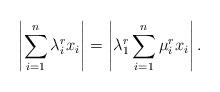
LaTeX: \begin{align*}\left|\sum_{i=1}^n \lambda_i^rx_i \right| = \left| \lambda_1^r\sum_{i=1}^n \mu_i^rx_i \right|.\end{align*}